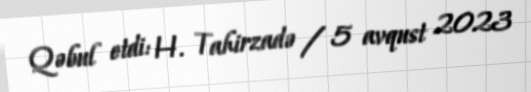
Qəbul etdi: H. Tahirzadə / 5 avqust 2023